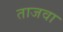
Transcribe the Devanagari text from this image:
ताजवा